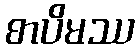
စာပိမဿ